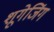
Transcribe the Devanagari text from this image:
शूगेजिंग